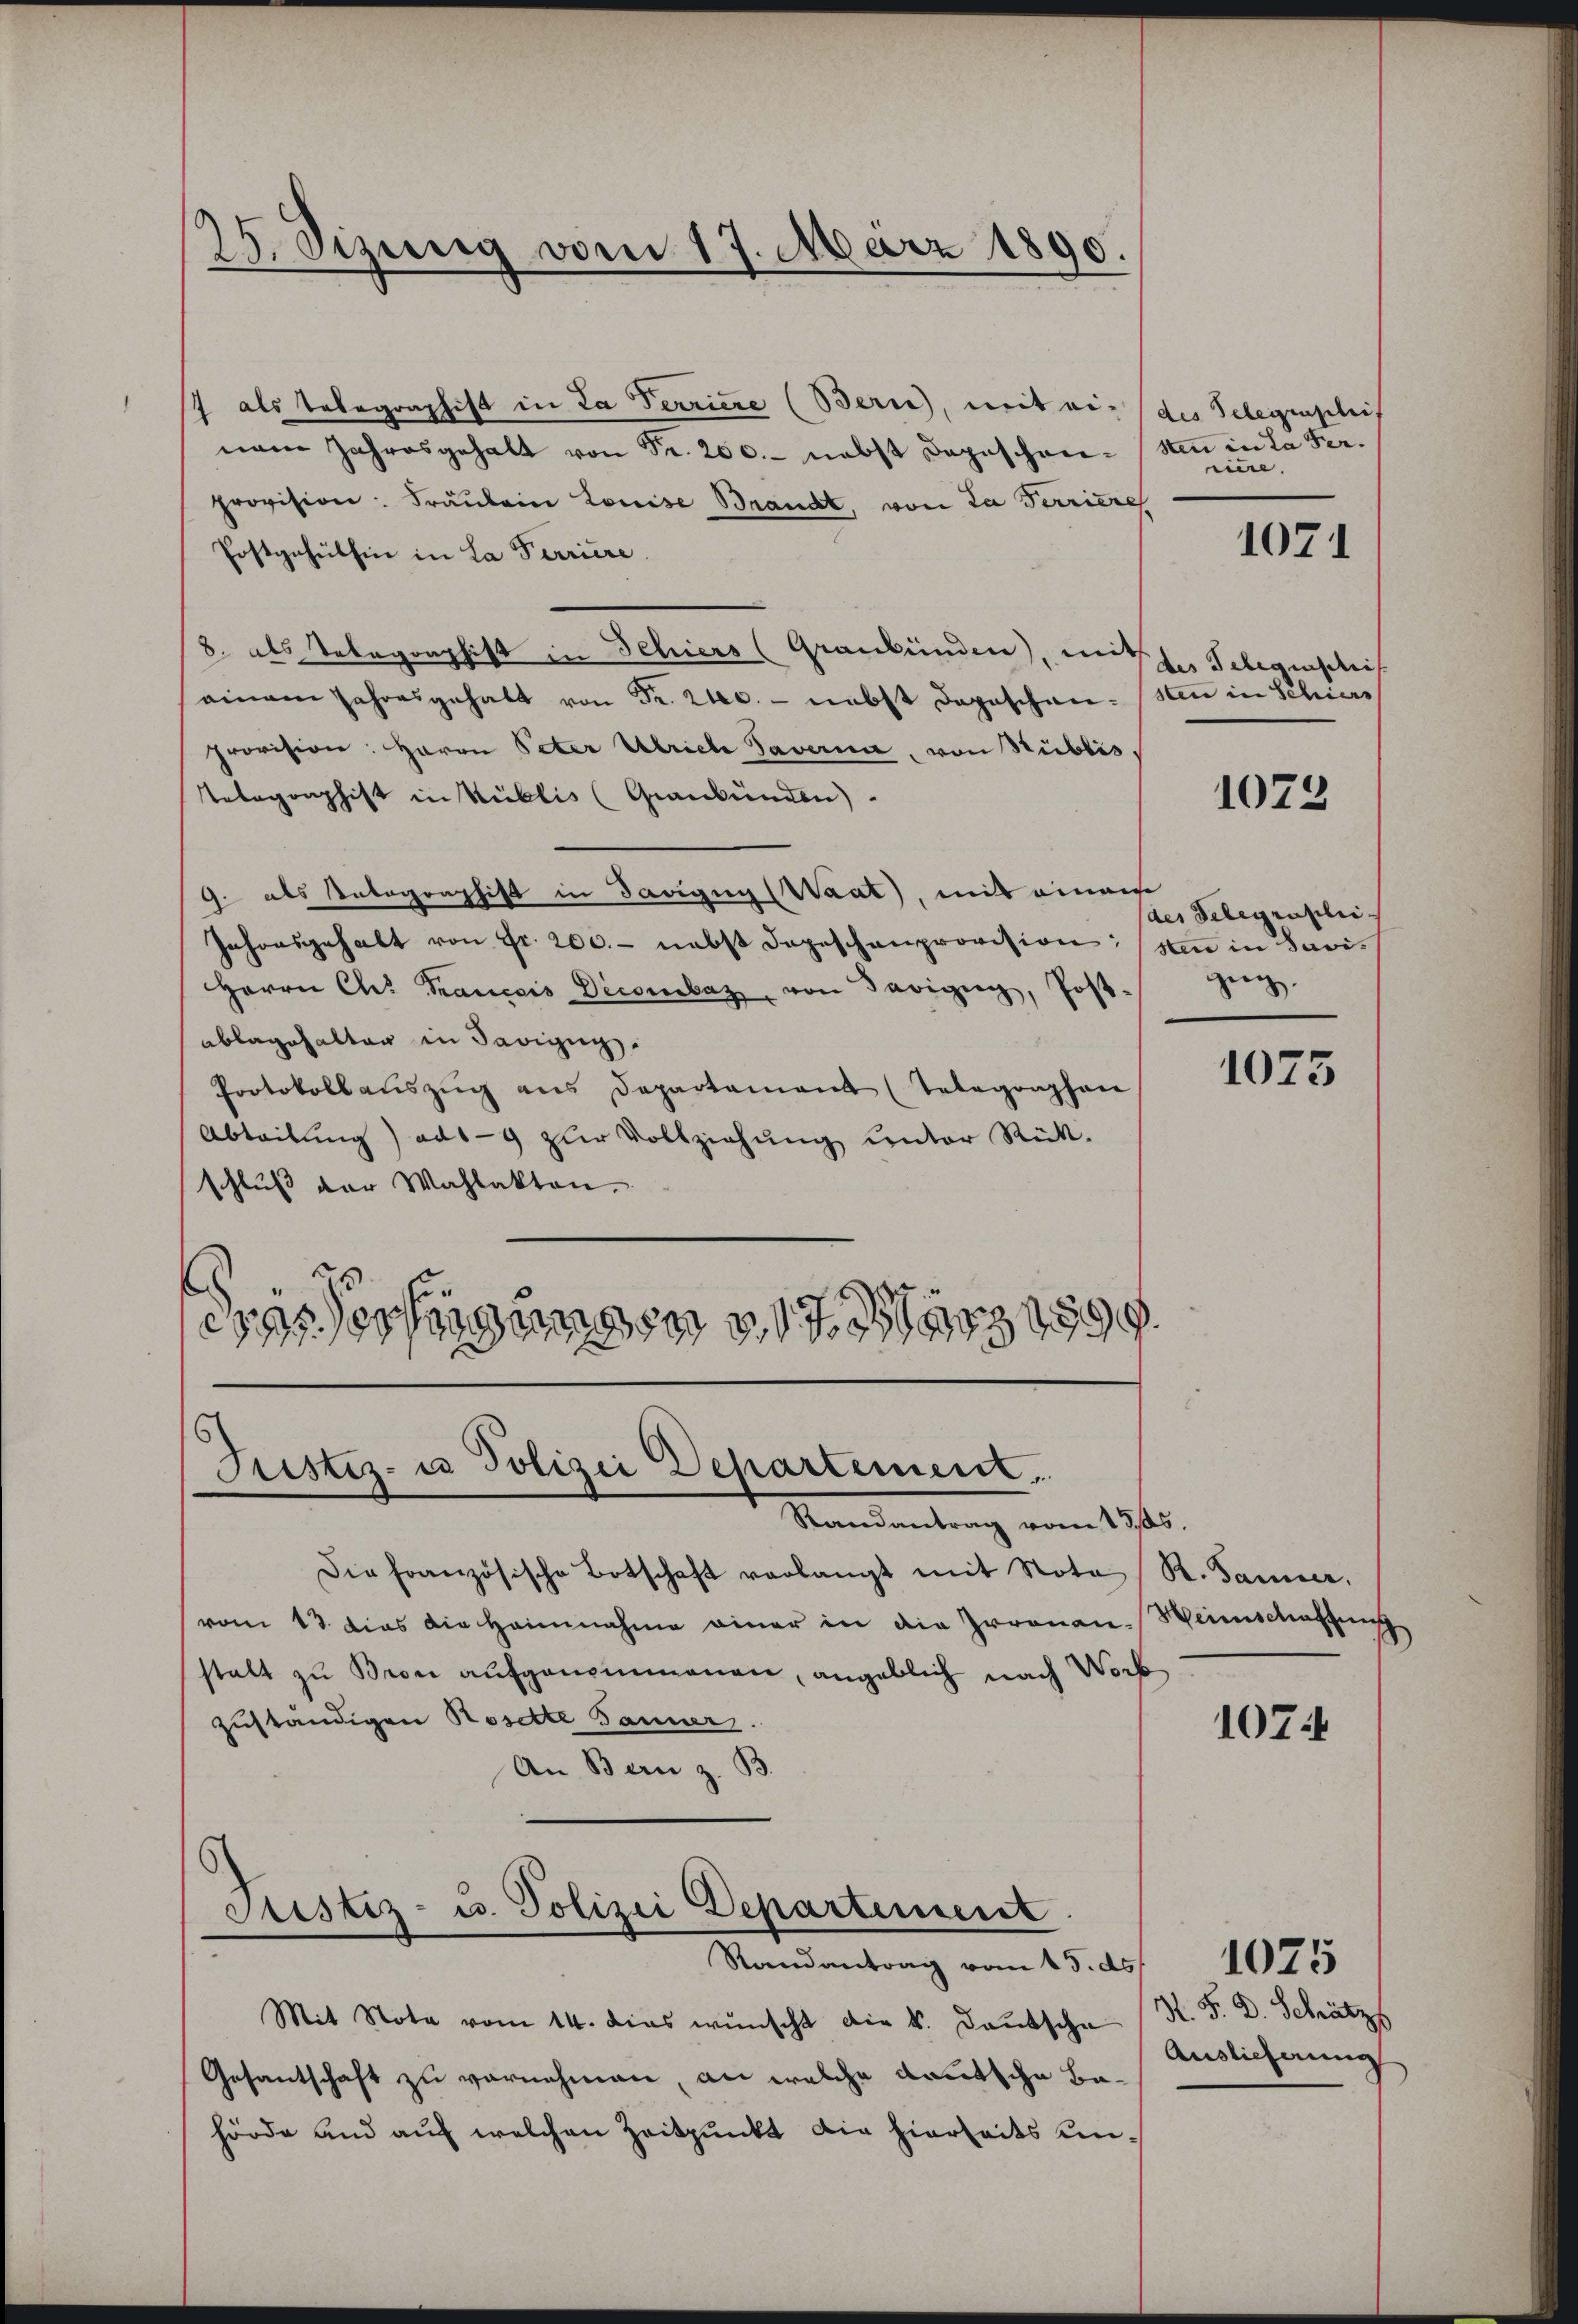
25. Sizung vom 17. März 1890.

Die französische Botschaft verlangt mit Nota
vom 13 dies die Heinnahme einer in die Irronen-
stalt zu Bron aufgenommenen, angeblich nach Worb
zuständigen Rosette Jänner.
An Bern z. B.

7 als Telegraphist in La Terriere (Berne, mit ein (des Telegenschis
nam Jahresgehalt von Fr. 200.- nebst Depeschen- San in da Serprovision: Fräulein Louise Brandt, von La Terriere
Postgehülhin in La Perriere
8. als Telegraphist in Schiers (Graubünden, mit
einem Jahresgehalt von Fr. 240. - nebst Depeschen- San in Schiers
Provision: Herrn Peter Ulriche Taverna, von Stüblis
Telegraphist in Küblis (Graubünden).
9. als Anlagershift in Savigug (Waat), mit einem
Jahresgehalt von Fr. 200.- nebst Depeschenprovision: (sten in Savi¬
Herrn Ch. Francois Decoraz, von Savigny, Post.
ablagehalter in Savigny
Protokoll aŭszŭg ans Departement (Telegraphen
Abteilung) ads-9 zŭr Vollziehŭng ŭnter Rück-
schluß der Wahlakten.
Sessingungen 7. März 189
8

Justiz- u Polizei Departement.
Mandantung vom 12ten

¬
Justiz- u. Polizei Departement
Randantrag vom 15. 25. 10755

Mit Note vom 14. dies wünscht die k. Deutsche
Gesantschaft zu vornehmen, an welche Kautsche Behörde und auf welchen Zeitpunkt die hierseits un¬

nie.
des Telegenschei

1071

1073

des Telegraphi-
zeig

1075

R. Sammer.
Heimschaffung
e

107.

M.S. D. Schätz
Auslieferung